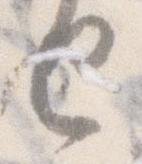
せ